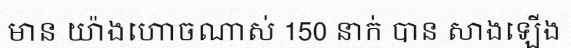
មាន យ៉ាងហោចណាស់ 150 នាក់ បាន សាងឡើង